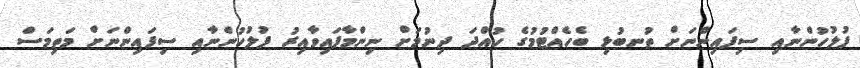
ފުލުހުންނާއި ސިފައިންނަށް ތުނބުޅި ބެހެއްޓުމުގެ ހުއްދަ ދިނުމަށް ނިންމާފައިވާއިރު ފުލުހުންނާއި ސިފައިންނަށް މަތިމަސް